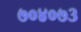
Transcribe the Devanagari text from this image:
७०४०७३